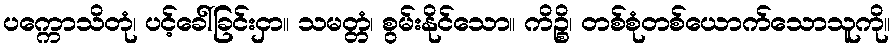
ပက္ကောသိတုံ၊ ပင့်ခေါ်ခြင်းငှာ။ သမတ္တံ၊ စွမ်းနိုင်သော။ ကိဉ္စိ၊ တစ်စုံတစ်ယောက်သောသူကို။